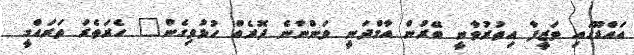
އައްޑޫގައި ވަޒީފާ އިތުރުވާނީ ބޭރުން އާމްދަނީ ވަންނާނެ ދޮރެއް ހުޅުވިގެން" ހެރަތެރަ ތަރައްގީ